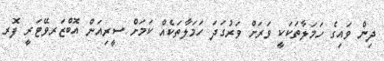
ދިން ވައިގެ ހަމަލާތަކަކީ ވަރަށް ވަރުގަދަ ހަމަލާތަކެއް ކަމަށް ސީރިއަން އޮބްޒަރވޭޓަރީ ފޮރ